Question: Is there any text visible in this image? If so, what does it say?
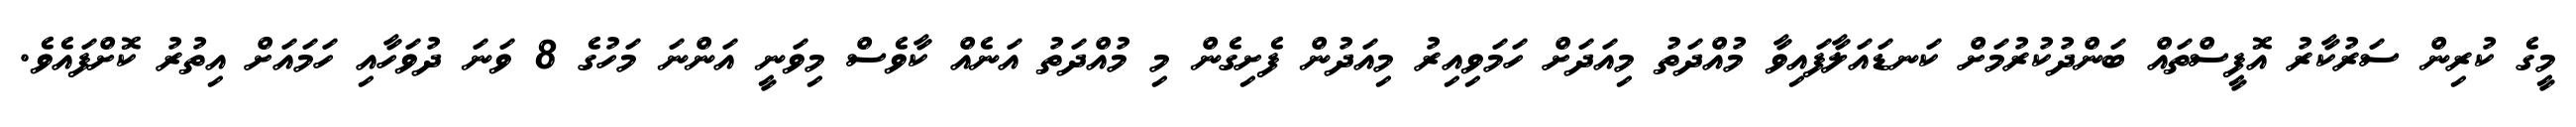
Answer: މީގެ ކުރިން ސަރުކާރު އޮފީސްތައް ބަންދުކުރުމަށް ކަނޑައަލާފައިވާ މުއްދަތު މިއަދަށް ހަމަވިއިރު މިއަދުން ފެށިގެން މި މުއްދަތު އަނެއް ކާވެސް މިވަނީ އަންނަ މަހުގެ 8 ވަނަ ދުވަހާއި ހަމައަށް އިތުރު ކޮށްފައެވެ.